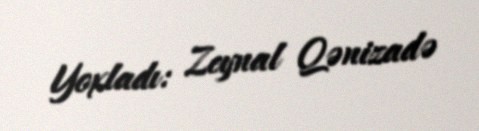
Yoxladı: Zeynal Qənizadə